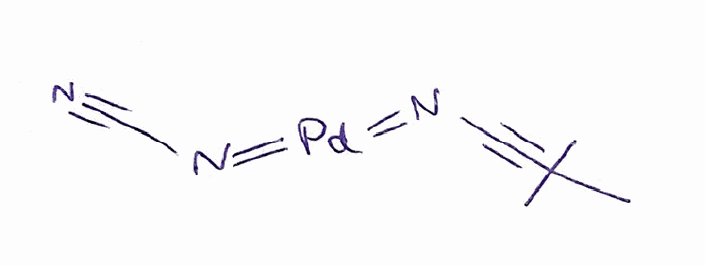
Simplified molecular-input line-entry system (SMILES) notation of the given molecule:
CC(C)(C)C#CN=[Pd]=NC#N